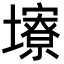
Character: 𪤮